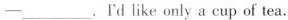
—___.Rd I like only a cup of tea.